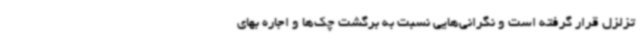
تزلزل قرار گرفته است و نگرانی‌هایی نسبت به برگشت چک‌ها و اجاره بهای